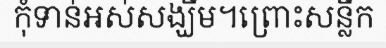
កុំទាន់អស់សង្ឃឹម។ព្រោះសន្លឹក